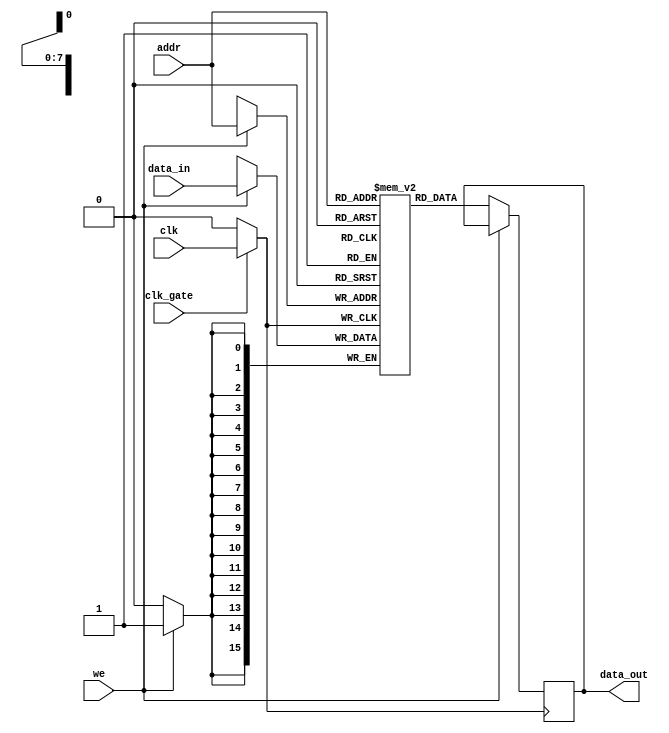
module memory_block #(
    parameter ADDR_WIDTH = 8,  // Address width
    parameter DATA_WIDTH = 16   // Data width
)(
    input wire clk,              // Global clock
    input wire clk_gate,         // Clock gating control signal
    input wire [ADDR_WIDTH-1:0] addr, // Address input
    input wire [DATA_WIDTH-1:0] data_in, // Data input
    input wire we,               // Write enable signal
    output reg [DATA_WIDTH-1:0] data_out // Data output
);

    // Memory array declaration
    reg [DATA_WIDTH-1:0] mem_array [(2**ADDR_WIDTH)-1:0];

    // Gated clock signal
    wire gated_clk;

    // Transmission gate for clock gating
    assign gated_clk = clk_gate ? clk : 1'b0;

    // Memory operation triggered by gated clock
    always @(posedge gated_clk) begin
        if (we) begin
            // Write operation
            mem_array[addr] <= data_in;
        end else begin
            // Read operation
            data_out <= mem_array[addr];
        end
    end

endmodule